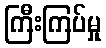
ကြီးကြပ်မှု